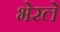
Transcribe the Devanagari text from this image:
भेरले